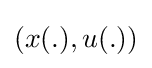
\left(x(.),u(.)\right)